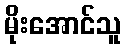
မိုးအောင်သူ